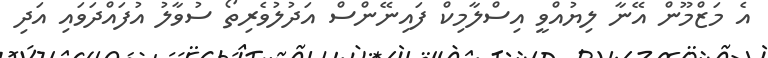
އެ މަޒްމޫން އޭނާ ލިޔުއްވީ އިސްލާމިކް ފައިނޭންސް އަދުލުވެރިތޯ ސުވާލު އުފައްދަވައި އަދި